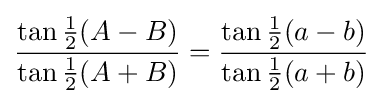
{\frac {\tan {\tfrac {1}{2}}(A-B)}{\tan {\tfrac {1}{2}}(A+B)}}={\frac {\tan {\tfrac {1}{2}}(a-b)}{\tan {\tfrac {1}{2}}(a+b)}}